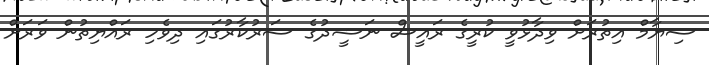
ސިޔާމް އިތުރަށް ވިދާޅުވީ ކުރީގެ ރައީސް ނަޝީދުގެ ސަރުކާރުގައި ދިވެހި ރައްޔިތުން ވަރަށް